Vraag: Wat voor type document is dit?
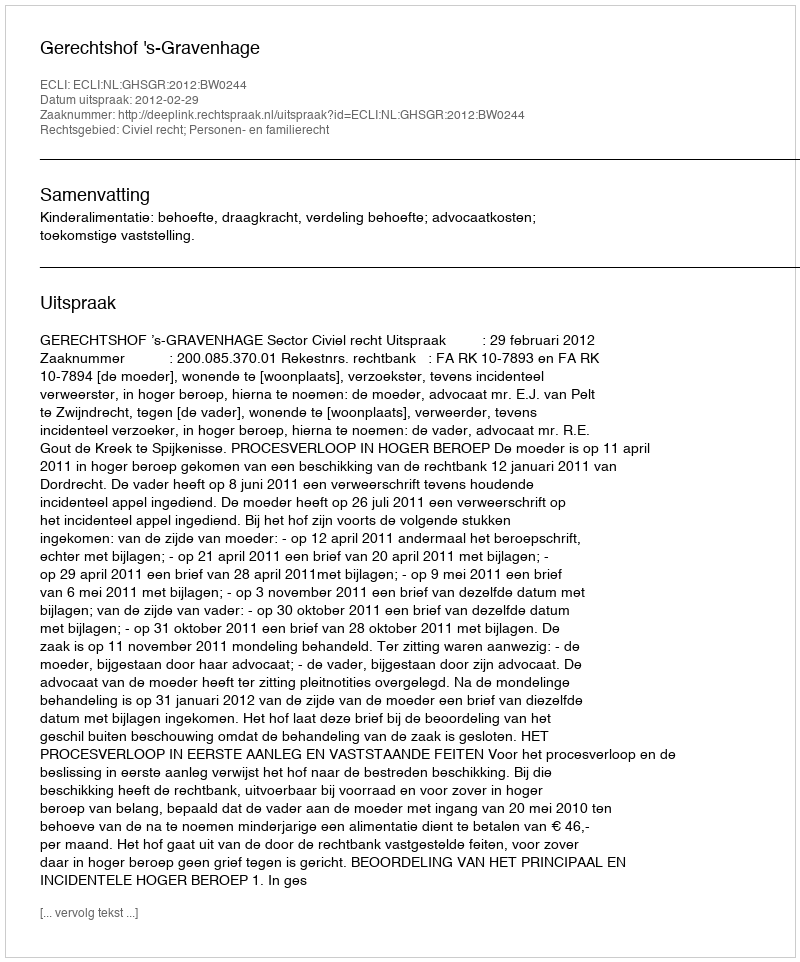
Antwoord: Uitspraak